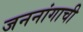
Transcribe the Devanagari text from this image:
जननांगाची